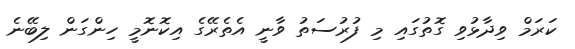
ކަރަމް ވިދާޅުވި ގޮތުގައި މި ފުރުުސަތު ވާނީ އެތެރޭގެ އިކޮނޮމީ ހިންގަން ލިބޭނެ